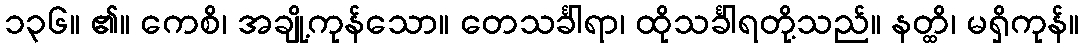
၁၃၆။ ၏။ ကေစိ၊ အချို့ကုန်သော။ တေသင်္ခါရာ၊ ထိုသင်္ခါရတို့သည်။ နတ္ထိ၊ မရှိကုန်။